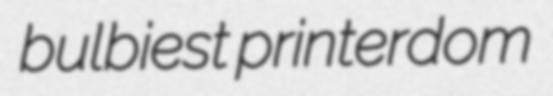
bulbiest printerdom